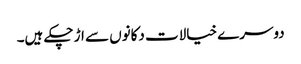
دوسرے خیالات دکانوں سے اڑ چکے ہیں۔